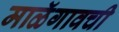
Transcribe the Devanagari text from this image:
माळॅगावची